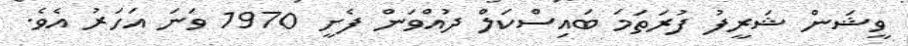
ވީޝަން ޝަރީފު ފުރަތަމަ ބައިސްކަލް ދުއްވަން ފެށީ 1970 ވަނަ އަހަރު އެވެ.